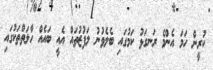
ކުރީން ހަމަ އެންމެ ރަނގަޅު ކަމުގައި ބެލެވުނު ލަފުޒުތައް އެއީ ބައެއް ހާލަތްތަކުގައި